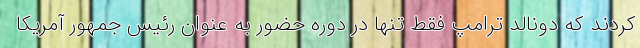
کردند که دونالد ترامپ فقط تنها در دوره حضور به عنوان رئیس جمهور آمریکا